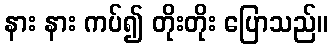
နား နား ကပ်၍ တိုးတိုး ပြောသည်။